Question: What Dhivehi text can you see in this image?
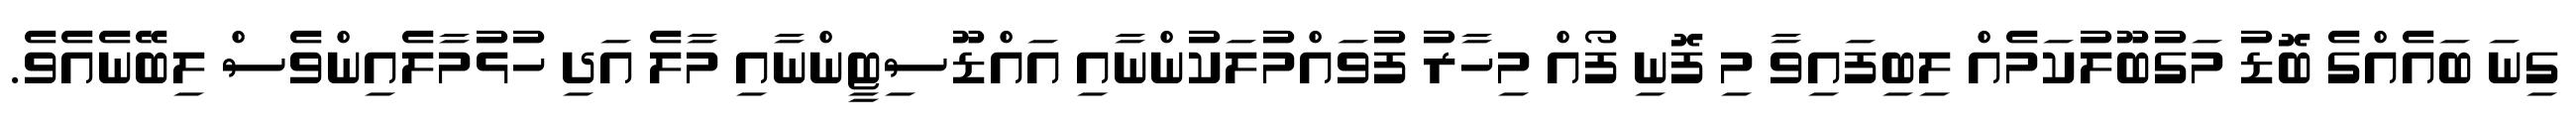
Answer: ގިނަ ބައެއްގެ ބޮޑު މަގުބޫލުކަމެއް ލިބިފައިވާ މި ފޮނި ފޯއް މިހާރު ފުވައްމުލަކުންނާއި އައްޑޫސިޓީންނާއި މާލެ އަދި ހުޅުމާލެއިންވެސް ލިބޭނެއެވެ.